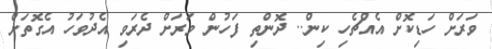
ވަރަށް ހަޑިކޮށް އެއްޗެހި ކިން.. ދޮންތި ފަހުން ވަރަށް ދެރަވި އެދުވަހު އެގޮތަށް